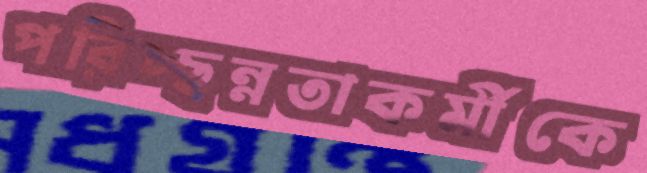
পরিচ্ছন্নতাকর্মীকে